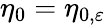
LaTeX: \eta_{0}=\eta_{0,\varepsilon}